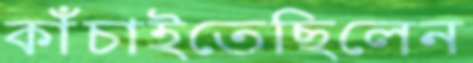
কাঁচাইতেছিলেন